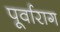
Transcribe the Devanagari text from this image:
पूर्वाराग